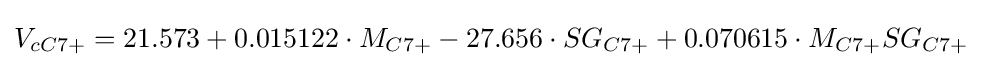
V_{cC7+}=21.573+0.015122\cdot M_{C7+}-27.656\cdot SG_{C7+}+0.070615\cdot M_{C7+}SG_{C7+}